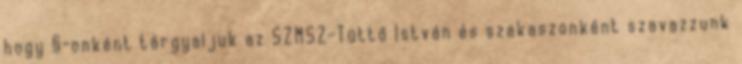
hogy §-onként tárgyaljuk az SZMSZ-Tüttő István és szakaszonként szavazzunk